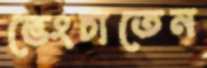
ভেংচাতেন